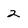
Character: 2